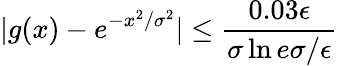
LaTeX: |g(x)-e^{-x^{2}/\sigma^{2}}|\le\frac{0.03\epsilon}{\sigma\ln{e\sigma/\epsilon}}